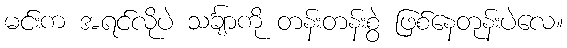
မင်းက အရင်လိုပဲ သင်္ချာကို တန်းတန်းစွဲ ဖြစ်နေတုန်းပဲလေ။